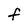
Character: F